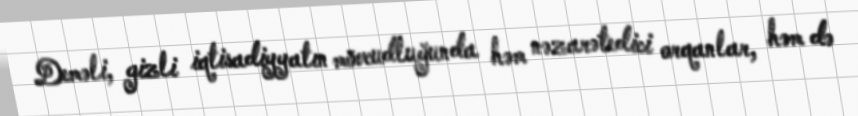
Deməli, gizli iqtisadiyyatın mövcudluğunda həm nəzarətedici orqanlar, həm də